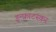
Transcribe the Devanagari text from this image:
इन्फ्राटस्कर